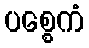
ပစ္စေကံ